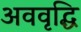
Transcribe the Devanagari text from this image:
अववृद्धि